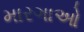
મારગાઓ